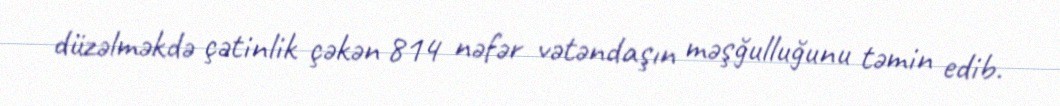
düzəlməkdə çətinlik çəkən 814 nəfər vətəndaşın məşğulluğunu təmin edib.